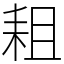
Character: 耝